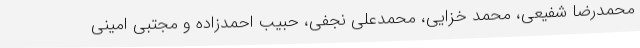
محمدرضا شفیعی، محمد خزایی، محمدعلی نجفی، حبیب احمدزاده و مجتبی امینی